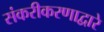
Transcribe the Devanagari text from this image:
संकरीकरणाद्वारे